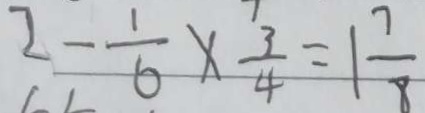
2 - \frac { 1 } { 6 } \times \frac { 3 } { 4 } = 1 \frac { 7 } { 8 }